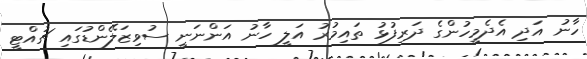
ހާނު އަދި އެދެމީހުންގެ ދަރިފުޅު ތައިމުރު އަލީ ހާނު އަންނަނީ ސުވިޒަލޭންޑުގައި ޗުއްޓީ